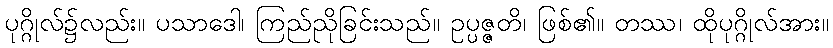
ပုဂ္ဂိုလ်၌လည်း။ ပသာဒေါ၊ ကြည်ညိုခြင်းသည်။ ဥပ္ပဇ္ဇတိ၊ ဖြစ်၏။ တဿ၊ ထိုပုဂ္ဂိုလ်အား။